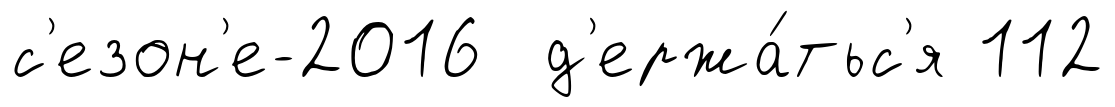
с'езон'е-2016 д'ержа́тьс'я 112